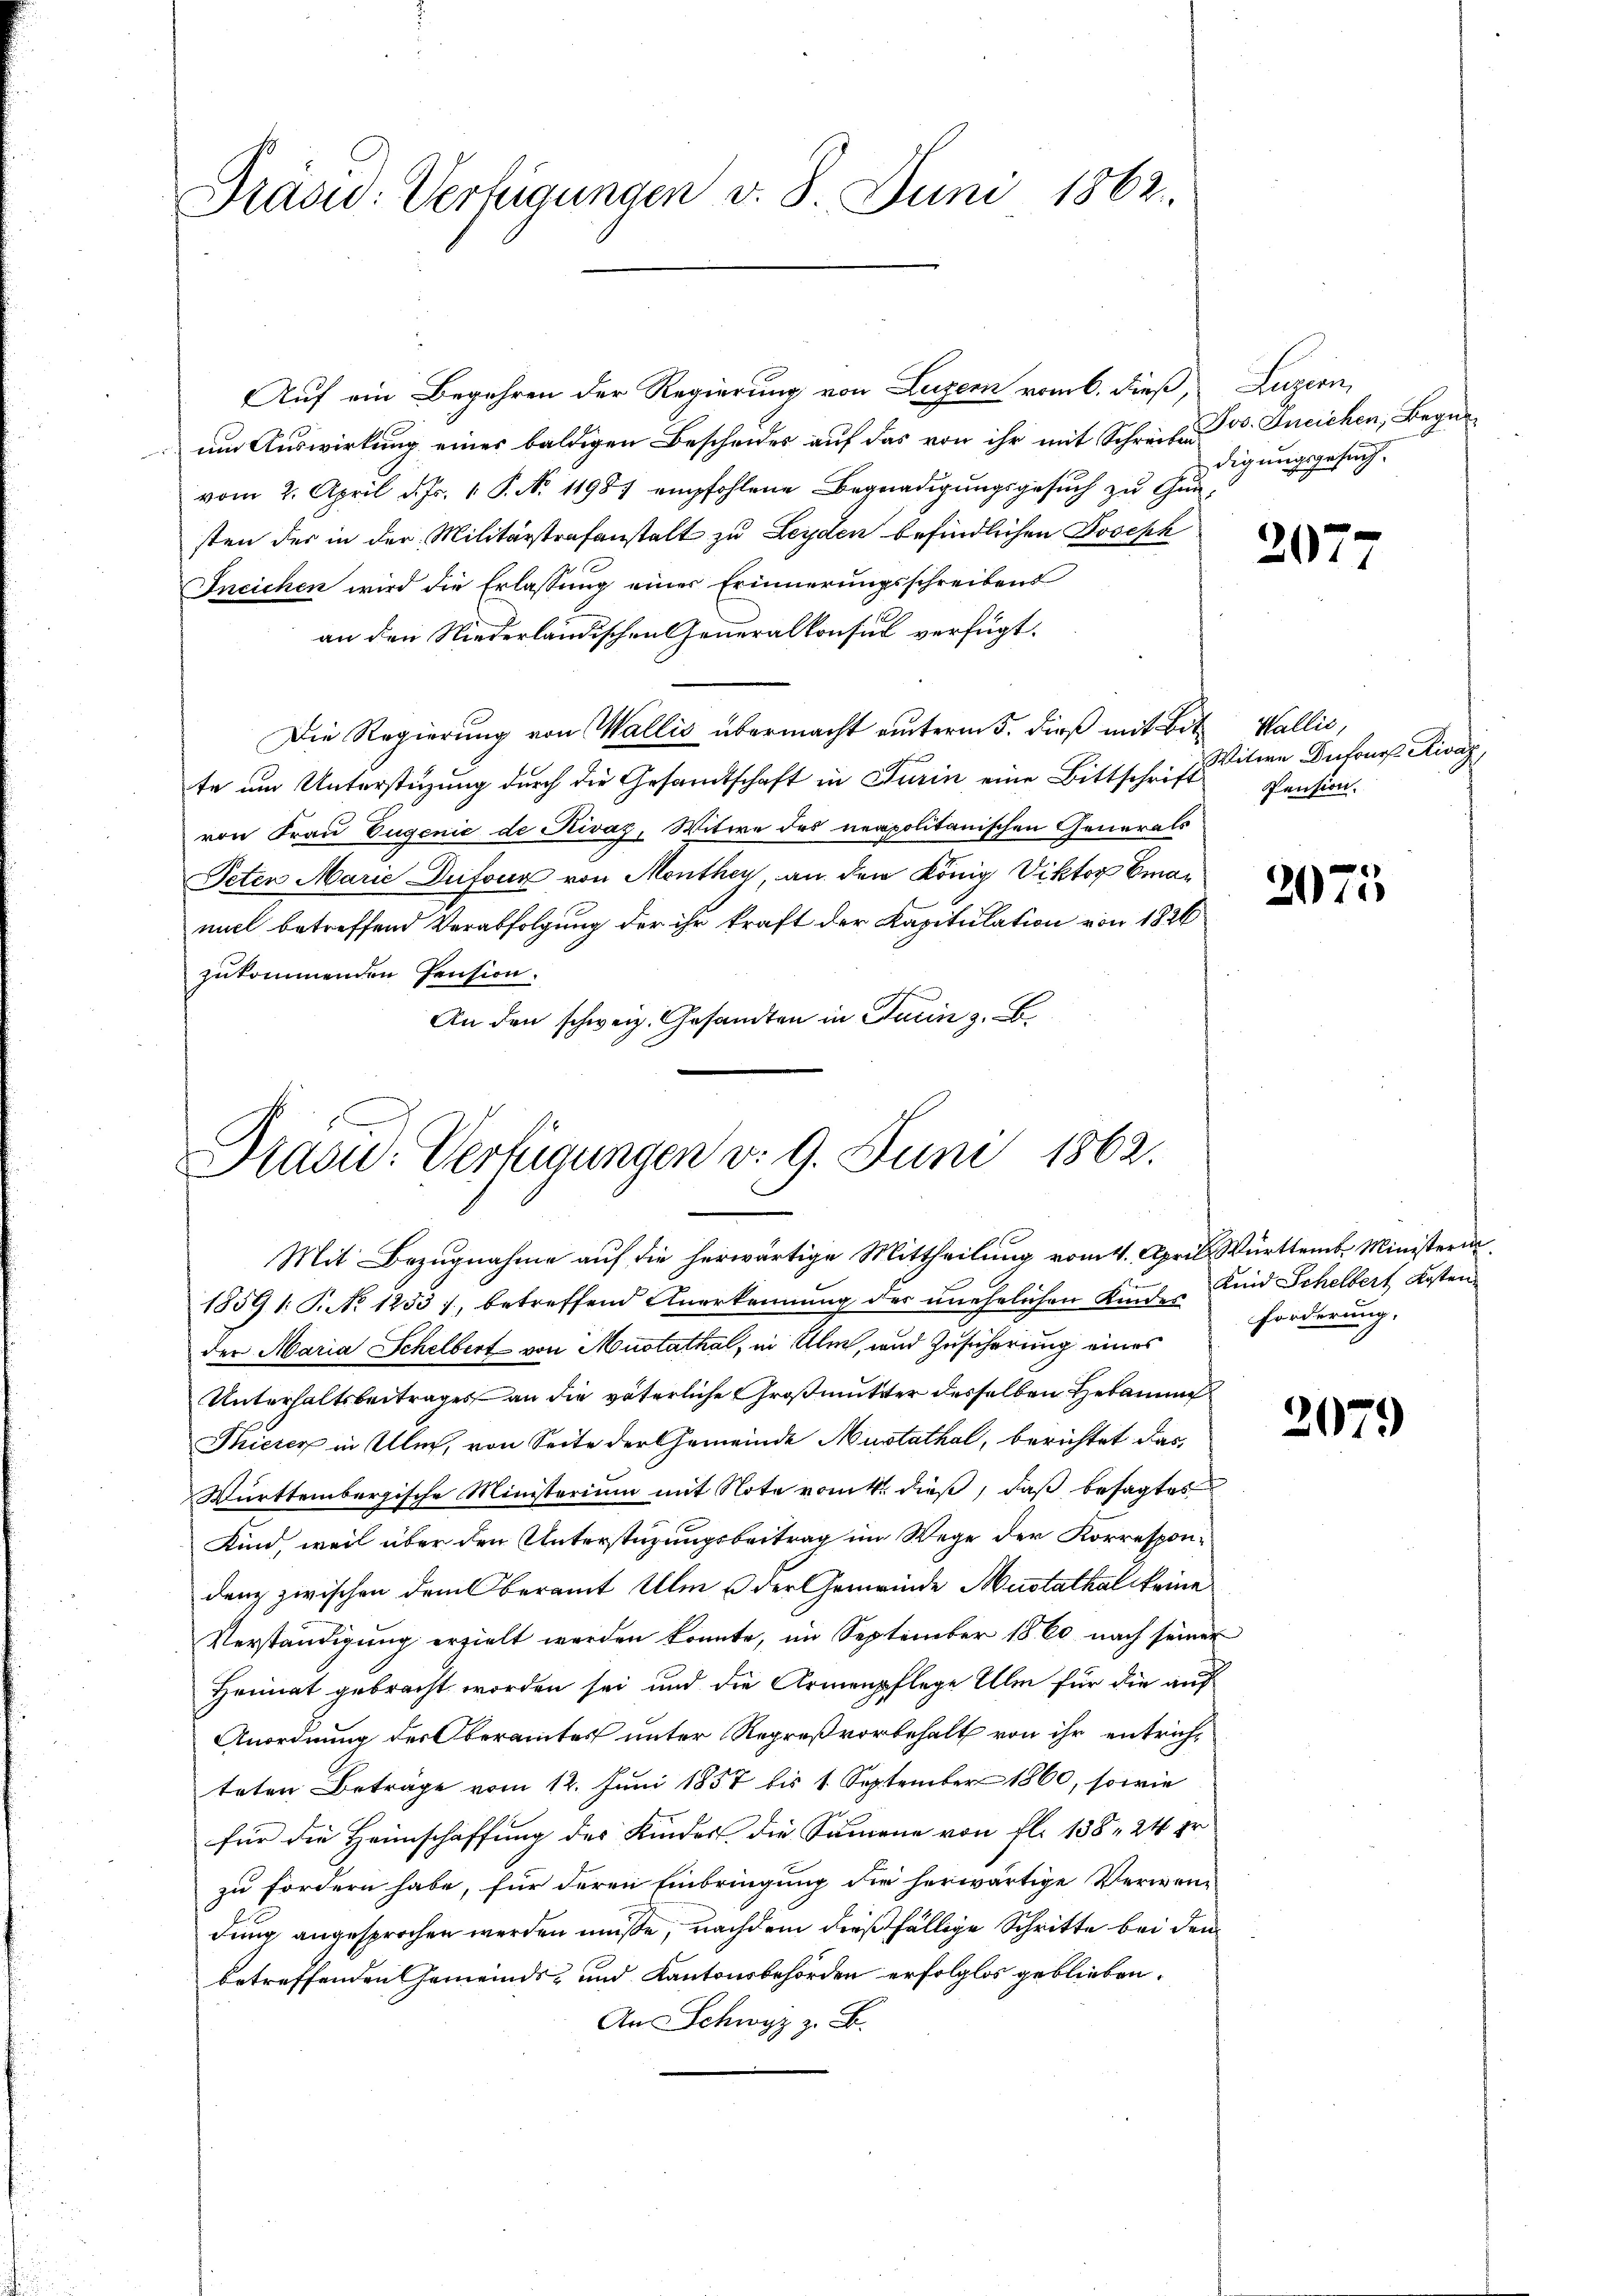
Präsid: Verfügungen v. 8. Juni 1862.

Auf ein Begehren der Regierung von Luzern vom 6. dieß,
um Auswirkung eines baldigen Bescheides auf das von ihr mit Schreiben v. Ineichen, Begnavom 2. April d. Js. 1. P. N. 11987 empfohlene Begnadigŭngsgesŭch zu Gunsten der in der Militärstrafanstalt zu Leyden befindlichen Joseph
Ineichen wird die Erlassung einer Erinnerungsschreibens
an den Niederländischen Generalkonsul verfügt:
Die Regierung von Wallis übermacht unterm 5. dieß mit Bitte um Unterstüzung durch die Gesandtschaft in Turin eine Bittschrift Pension.
von Frau Eugenić de Rivaz, Witwe des neapolitanischen Generals
Peten Marie Dufour von Monthey, an den König Viktor Eman
niel betreffend Verabfolgung der ihr kraft der Kapitulation von 1826
zukommenden Prusion.
An den schweiz. Gesandten in Turin z. B.

Dracu: Verfügungen v. 9. Juni 1862.
Mit Bezugnahme auf die herwärtige Mittheilung vom 4. April. Württemb. Ministeri

1859 1: P. No. 1253), betreffend Anerkennung der unehelichen Kindes
der Maria Schelbert von Mustathal, in Ulm, und Zusicherung eines
Unterhaltsbeitrages an die väterliche Großmutter desselben Hebauung
Thierer in Ulm, von Seite der Gemeinde Mustathal, berichtet das
Württembergische Ministerium mit Note vom 4. dieß, daß besagtes
Kind, weil über den Unterstüzungsbeitrag im Wege der Korrespondenz zwischen dem Oberamt Ulm der Gemeinde Mustathal keine
Verständigung erzielt werden konnte, im September 1860 nach seiner
Heimat gebracht worden sei und die Armenpflege Ulm für die auf
Anordnung der Oberamtes unter Regreß vorbehalt von ihr entrich-
teten Beträge vom 12. Juni 1857 bis 1. September 1860, sowie
für die Heimschaffung des Kindes die Summene von fl. 138, 24 pr
zu fordern habe, für deren Einbringung die herwärtige Verwen-
dung angesprochen werden müße, nachdem dießfällige Schritte bei den
betreffenden Gemeinds- und Kantonsbehörden erfolglos geblieben.
A Schwyz z. B.

Superi
digungsgesuch.

207

Wallić,
Witwe Dufour. Rivag

2075

Knid Schelbert Kosten
forderung.

2079